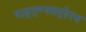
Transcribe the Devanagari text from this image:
षाड्गुण्यसमुद्देश्य